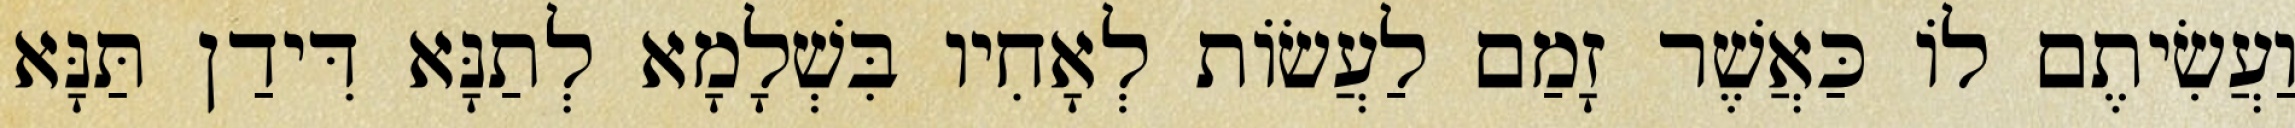
וַעֲשִׂיתֶם לוֹ כַּאֲשֶׁר זָמַם לַעֲשׂוֹת לְאָחִיו בִּשְׁלָמָא לְתַנָּא דִּידַן תַּנָּא